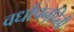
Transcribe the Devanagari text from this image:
वर्धापनदिनी